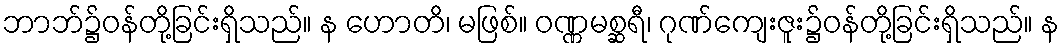
ဘာဘ်၌ဝန်တို့ခြင်းရှိသည်။ န ဟောတိ၊ မဖြစ်။ ဝဏ္ဏမစ္ဆရီ၊ ဂုဏ်ကျေးဇူး၌ဝန်တို့ခြင်းရှိသည်။ န